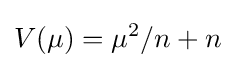
V(\mu )=\mu ^{2}/n+n